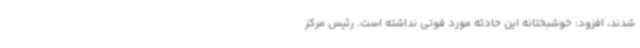
شدند، افزود: خوشبختانه این حادثه مورد فوتی نداشته است. رئیس مرکز